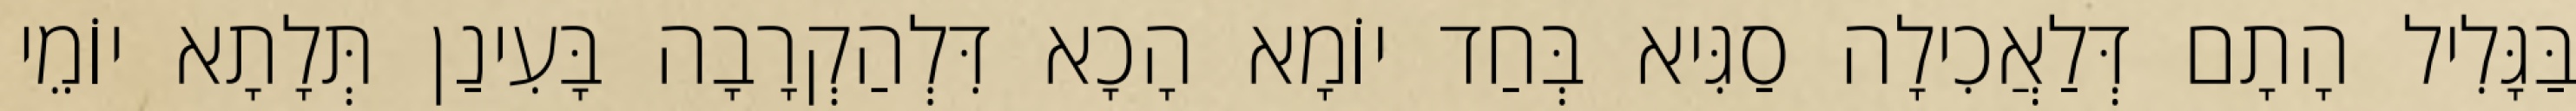
בַּגָּלִיל הָתָם דְּלַאֲכִילָה סַגִּיא בְּחַד יוֹמָא הָכָא דִּלְהַקְרָבָה בָּעִינַן תְּלָתָא יוֹמֵי